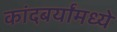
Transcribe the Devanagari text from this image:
कांदबर्यांमध्ये